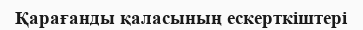
Қарағанды қаласының ескерткіштері